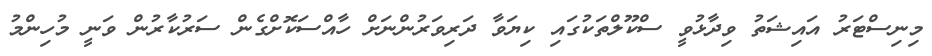
މިނިސްޓަރު އައިޝަތު ވިދާޅުވީ ސްކޫލްތަކުގައި ކިޔަވާ ދަރިވަރުންނަށް ހާއްސަކޮށްގެން ސަރުކާރުން ވަނީ މުހިންމު